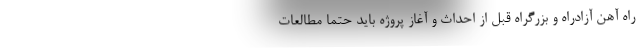
راه آهن آزادراه و بزرگراه قبل از احداث و آغاز پروژه باید حتما مطالعات